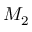
M _ { 2 }